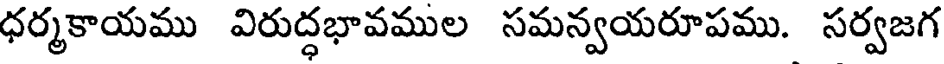
ధర్మకాయము విరుద్ధభావముల సమన్వయరూపము. సర్వజగ